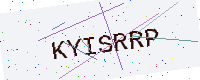
Text: KYISRRP